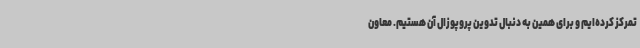
تمرکز کرده‌ایم و برای همین به دنبال تدوین پروپوزال آن هستیم. معاون